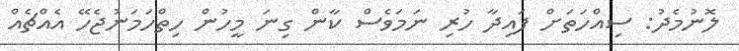
ލޮނުމެދު: ސިއްހަތަށް ފައިދާ ހުރި ނަމަވެސް ކާން ގިނަ މީހުން ހިތްހަމަނުޖެހޭ އެއްޗެއް